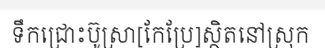
ទឹកជ្រោះប៊ូស្រា[កែប្រែ]ស្ថិតនៅស្រុក